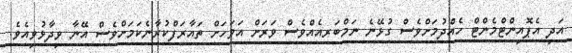
އަދި އެޕޮއިންޓްމެންޓް ހެއްދުމަށްވެސް ގުޅޭނެ ނަމްބަރއެއްވެސް ވަރަށް އަވަހަށް ތައާރަފްކުރާނެކަމަށްވެސް އޭނާ ވިދާޅުވިއެވެ.